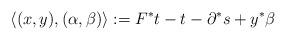
LaTeX: \begin{align*}\langle(x,y),(\alpha,\beta)\rangle:= F^* t-t-\partial^*s + y^*\beta\end{align*}